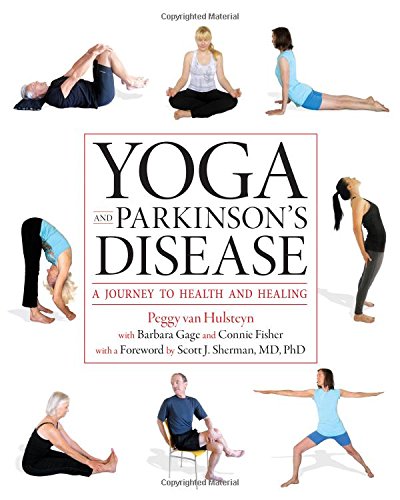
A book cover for Yoga and Parkinson's Disease: A Journey to Health and Healing; Peggy Van Hulsteyn; Health, Fitness & Dieting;